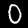
Label: 0